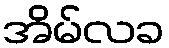
အိမ်လခ